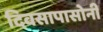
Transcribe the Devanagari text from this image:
दिवसापासोनी